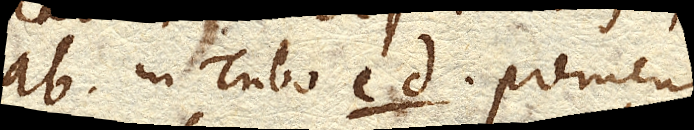
ab. in Tubo cd. premens